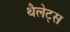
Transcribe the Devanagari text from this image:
थैलेट्स